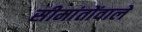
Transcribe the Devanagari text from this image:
सीमांतोंवाले